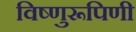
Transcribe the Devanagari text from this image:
विष्णुरूपिणी